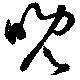
晩